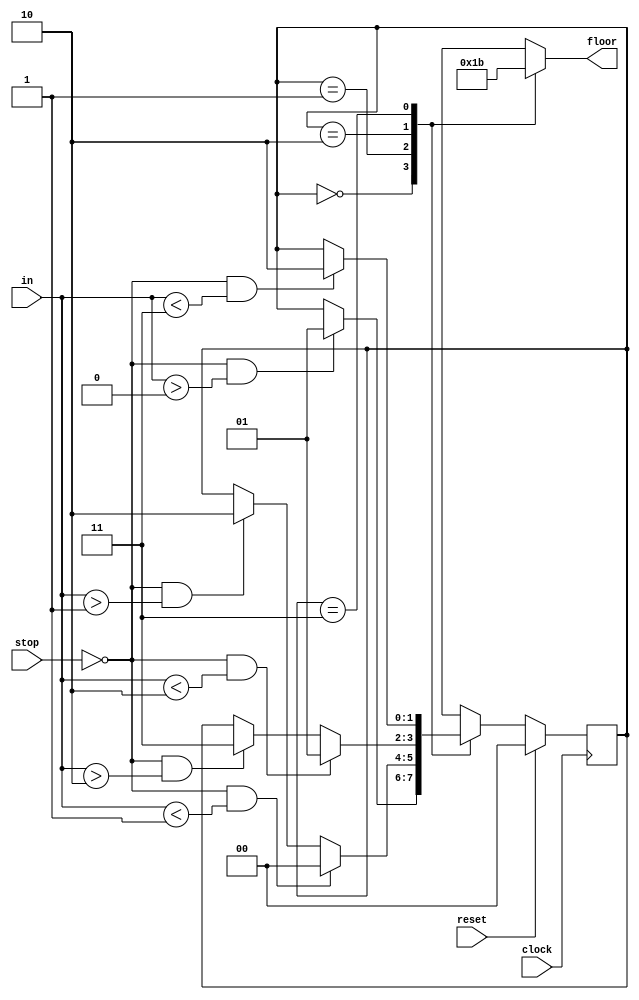

module elevator_FSM(
    input clock,
    input reset,
    input stop,
    input [1:0] in,
    output reg [1:0] floor
    );
    
    localparam FLOOR0 = 2'b00;
    localparam FLOOR1 = 2'b01;
    localparam FLOOR2 = 2'b10;
    localparam FLOOR3 = 2'b11;

reg [1:0] state, state_next;

always @(posedge clock)
begin
    if(reset==1)
     state <= FLOOR0;
    else 
       state<=state_next;
end   


always@(*)
begin
state_next=state;
case(state)
FLOOR0: begin
    if(stop==0 && in > 0)
        state_next=FLOOR1;
    end
FLOOR1: begin
    if(stop==0 && in > 1)
        state_next=FLOOR2;
    if(stop==0 && in <1)
        state_next=FLOOR0;
    end
FLOOR2: begin
    if(stop==0 && in > 2)
        state_next=FLOOR3;
    if(stop==0 && in < 2)
        state_next=FLOOR1;
    end
FLOOR3: begin
    if(stop==0 && in < 3)
        state_next=FLOOR2;
    end
endcase
end

always@(*) 
begin
case(state)
FLOOR0:
    floor = 0;
FLOOR1:
    floor= 1;
FLOOR2:
    floor = 2;
FLOOR3:
    floor =3;
endcase 
end


endmodule